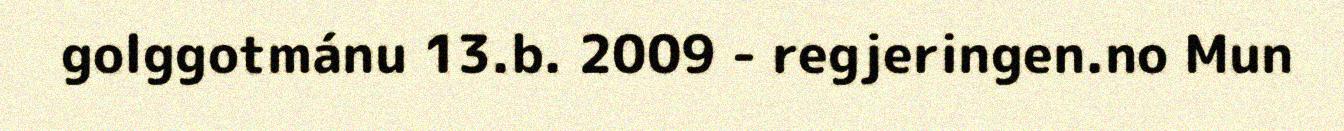
golggotmánu 13.b. 2009 - regjeringen.no Mun